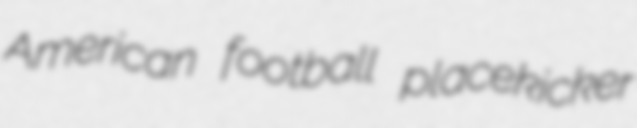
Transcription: American football placekicker